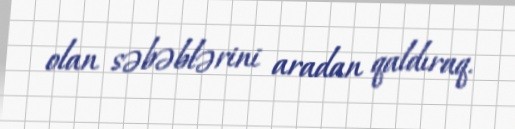
olan səbəblərini aradan qaldıraq.